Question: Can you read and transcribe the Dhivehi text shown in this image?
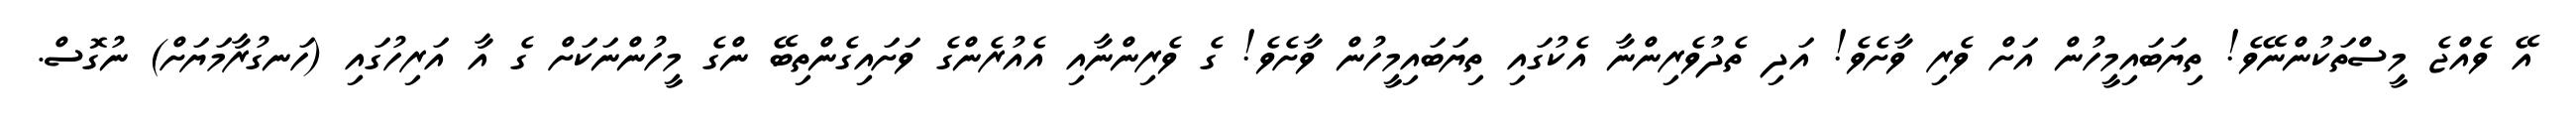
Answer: އޭ ވެއްޖެ މީސްތަކުންނޭވެ! ތިޔަބައިމީހުން އަށް ވެރި ވާށެވެ! އަދި ތެދުވެރިންނާ އެކުގައި ތިޔަބައިމީހުން ވާށެވެ! ގެ ވެރިންނާއި އެއުރެންގެ ވަށައިގެންތިބޭ ންގެ މީހުންނަކަށް ގެ އާ އަރިހުގައި (ހަނގުރާމަޔަށް) ނުގޮސް.